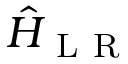
\hat { H } _ { \mathrm { ~ L ~ R ~ } }